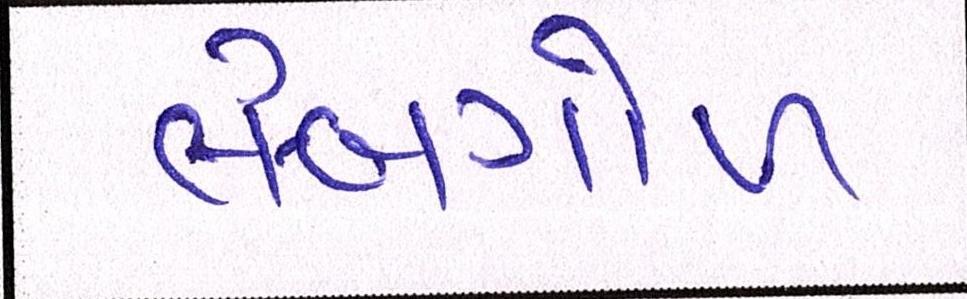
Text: લંબગોળ